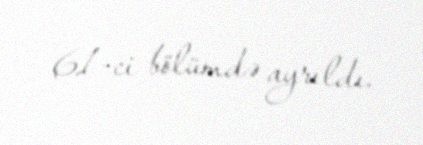
61-ci bölümdə ayrıldı.